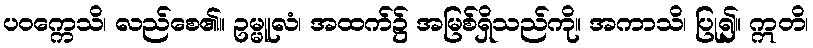
ပဝက္ကေသိ၊ လည်စေ၏။ ဥမ္မူလံ၊ အထက်၌ အမြစ်ရှိသည်ကို။ အကာသိ၊ ပြု၍။ ဣတိ၊